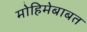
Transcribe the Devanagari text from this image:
मोहिमेबाबत